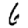
Digit: 6